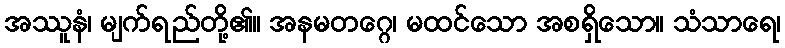
အဿူနံ၊ မျက်ရည်တို့၏။ အနမတဂ္ဂေ၊ မထင်သော အစရှိသော။ သံသာရေ၊